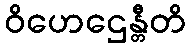
ဝိဟေဌေန္တီတိ